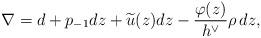
LaTeX: \begin{align*} \nabla = d + p_{-1} dz + \widetilde u(z) dz - \frac{\varphi(z)}{h^\vee} \rho\, dz,\end{align*}